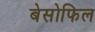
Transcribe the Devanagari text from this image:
बेसोफिल